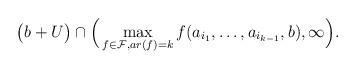
LaTeX: \begin{align*}\big(b+U\big) \cap \Big(\max_{f\in \mathcal{F}, ar(f)=k} f(a_{i_1},\ldots, a_{i_{k-1}},b),\infty\Big).\end{align*}